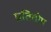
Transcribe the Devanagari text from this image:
प्रतितोष